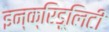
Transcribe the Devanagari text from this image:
इन्क्रिडूलिटी